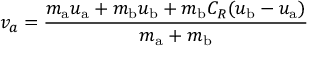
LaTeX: v _ { a } = { \frac { m _ { \mathrm { a } } u _ { \mathrm { a } } + m _ { \mathrm { b } } u _ { \mathrm { b } } + m _ { \mathrm { b } } C _ { R } ( u _ { \mathrm { b } } - u _ { \mathrm { a } } ) } { m _ { \mathrm { a } } + m _ { \mathrm { b } } } }